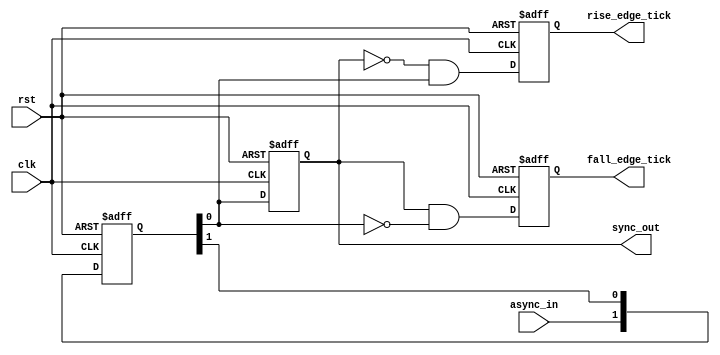
module synchronizer #(
    parameter SYNC_STAGES = 2
)(
    input clk,
    input rst,
    input async_in,
    output rise_edge_tick,
    output fall_edge_tick,
    output sync_out
);

    reg [SYNC_STAGES-1:0] sync;     // synchronizer stages
    reg sync_reg, rise_reg, fall_reg;

    assign sync_out = sync_reg;      // output at end of synchronizer
    assign rise_edge_tick = rise_reg;
    assign fall_edge_tick = fall_reg;

    always @(posedge clk or posedge rst) begin
        if (rst) begin
            // reset stages
            sync <= {SYNC_STAGES{1'b0}};
            sync_reg <= 1'b0;
            rise_reg <= 1'b0;
            fall_reg <= 1'b0;
        end
        else begin
            sync_reg <= sync[0];    // feed output
            sync <= {async_in, sync[SYNC_STAGES-1:1]};      // new input to beginning of synchronizer, shift contents right
            rise_reg <= ~sync_reg & sync[0];    // rising edge when current state is low and next state is high
            fall_reg <= sync_reg & ~sync[0];    // falling edge when current state is high and next state is low
        end
    end

endmodule